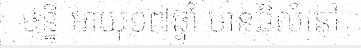
ចន្នី អាយុ១៧ឆ្នាំ មានទីលំនៅ